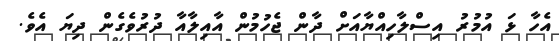
އެހާ ޅަ އުމުރު އިސްލާހިއްޔާއަށް ދާން ޖެހުމުން އާއިލާއާ ދުރުވެގެން ދިޔަ އެވެ.